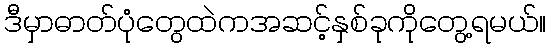
ဒီမှာဓာတ်ပုံတွေထဲကအဆင့်နှစ်ခုကိုတွေ့ရမယ်။